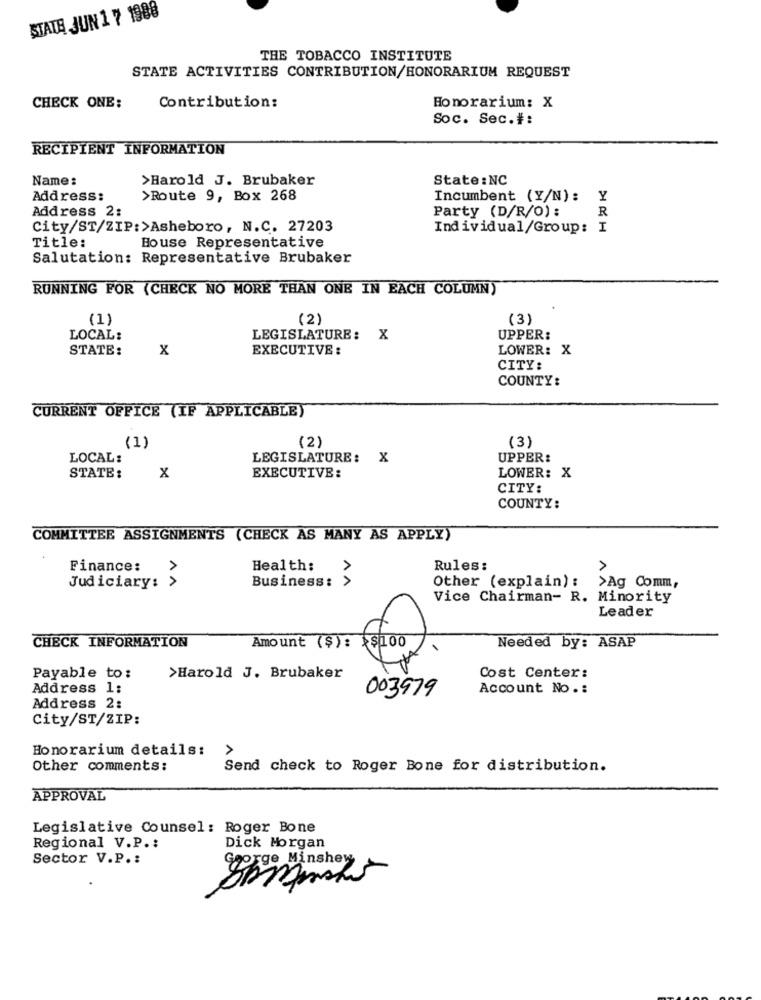
STATE JUN 17 1988
THE TOBACCO INSTITUTE
STATE ACTIVITIES CONTRIBUTION/HONORARIUM REQUEST
Honorarium: X
CHECK ONE:
Contribution:
Soc. Sec.#:
RECIPIENT INFORMATION
Name:
>Harold J. Brubaker
State :NC
Address:
>Route 9, Box 268
Incumbent (Y/N) :
Y
Address 2:
Party (D/R/O) :
R
City/ST/ZIP:>Asheboro, N.C. 27203
Individual/Group: I
Title:
House Representative
Salutation: Representative Brubaker
RUNNING FOR (CHECK NO MORE THAN ONE IN EACH COLUMN)
(1)
(2)
(3)
LOCAL:
LEGISLATURE: X
UPPER:
STATE:
x
EXECUTIVE :
LOWER: X
CITY:
COUNTY:
CURRENT OFFICE (IF APPLICABLE)
(1)
(2)
(3)
LOCAL:
LEGISLATURE: X
UPPER:
x
STATE:
EXECUTIVE:
LOWER: X
CITY:
COUNTY:
COMMITTEE ASSIGNMENTS (CHECK AS MANY AS APPLY)
Finance:
Health:
Rules:
Judiciary: >
Business: >
Other (explain) :
>Ag Comm,
Vice Chairman- R. Minority
Leader
CHECK INFORMATION
Needed by: ASAP
Amount ($): $100
Payable to:
>Harold J. Brubaker
Cost Center:
Address 1;
003979
Account No .:
Address 2:
City/ST/ZIP:
Honorarium details:
Other comments:
Send check to Roger Bone for distribution.
APPROVAL
Legislative Counsel : Roger Bone
Dick Morgan
Regional V.P .:
Sector V.P .:
Goorge Minshey